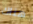
هناك